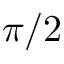
\pi / 2